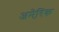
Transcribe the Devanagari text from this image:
अमेरि़क